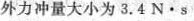
外力冲量大小为3.4N\cdot s